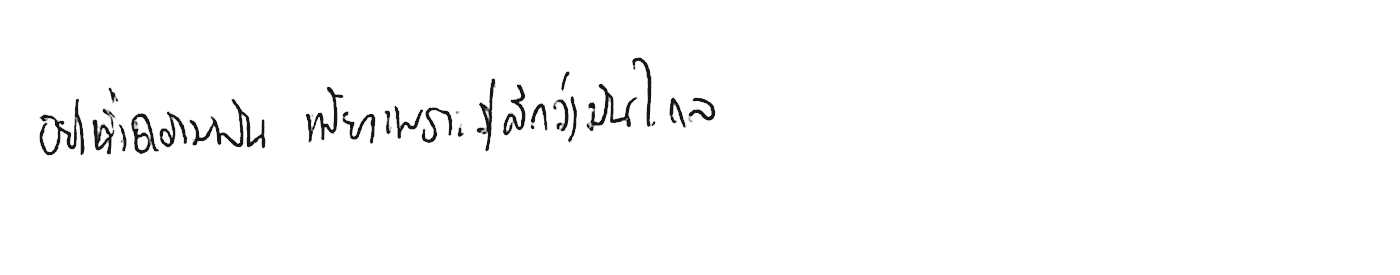
อย่าทิ้งความฝัน เพียงเพราะรู้สึกว่ามันไกล